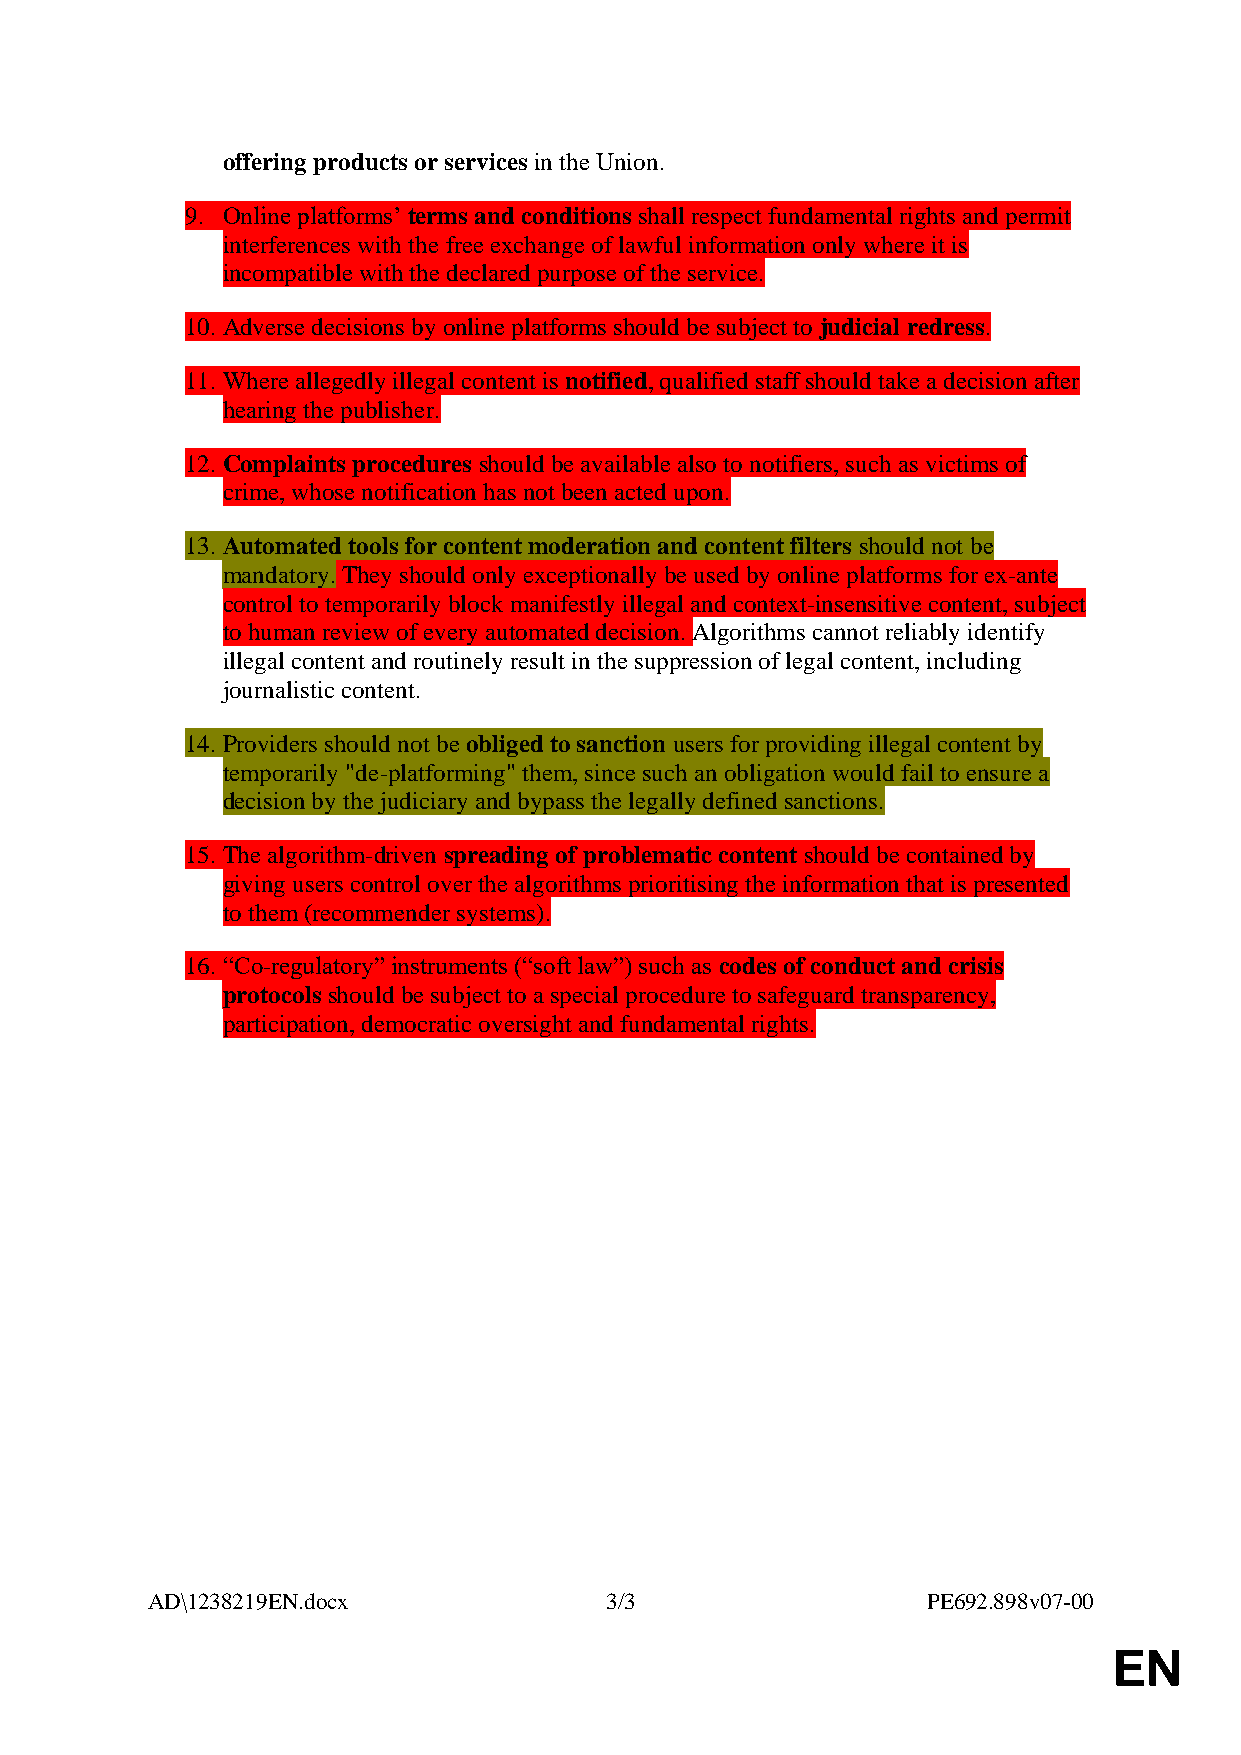
offering products or services in the Union.
 9. Online platforms’ terms and conditions shall respect fundamental rights and permit
 interferences with the free exchange of lawful information only where it is
 incompatible with the declared purpose of the service.
 10. Adverse decisions by online platforms should be subject to judicial redress.
 11. Where allegedly illegal content is notified, qualified staff should take a decision after
 hearing the publisher.
 12. Complaints procedures should be available also to notifiers, such as victims of
 crime, whose notification has not been acted upon.
 13. Automated tools for content moderation and content filters should not be
 mandatory. They should only exceptionally be used by online platforms for ex-ante
 control to temporarily block manifestly illegal and context-insensitive content, subject
 to human review of every automated decision. Algorithms cannot reliably identify
 illegal content and routinely result in the suppression of legal content, including
 journalistic content.
 14. Providers should not be obliged to sanction users for providing illegal content by
 temporarily "de-platforming" them, since such an obligation would fail to ensure a
 decision by the judiciary and bypass the legally defined sanctions.
 15. The algorithm-driven spreading of problematic content should be contained by
 giving users control over the algorithms prioritising the information that is presented
 to them (recommender systems).
 16. “Co-regulatory” instruments (“soft law”) such as codes of conduct and crisis
 protocols should be subject to a special procedure to safeguard transparency,
 participation, democratic oversight and fundamental rights.
 AD\1238219EN.docx             3/3                  PE692.898v07-00
 EN